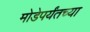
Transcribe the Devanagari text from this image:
मोडेपर्यंतच्या